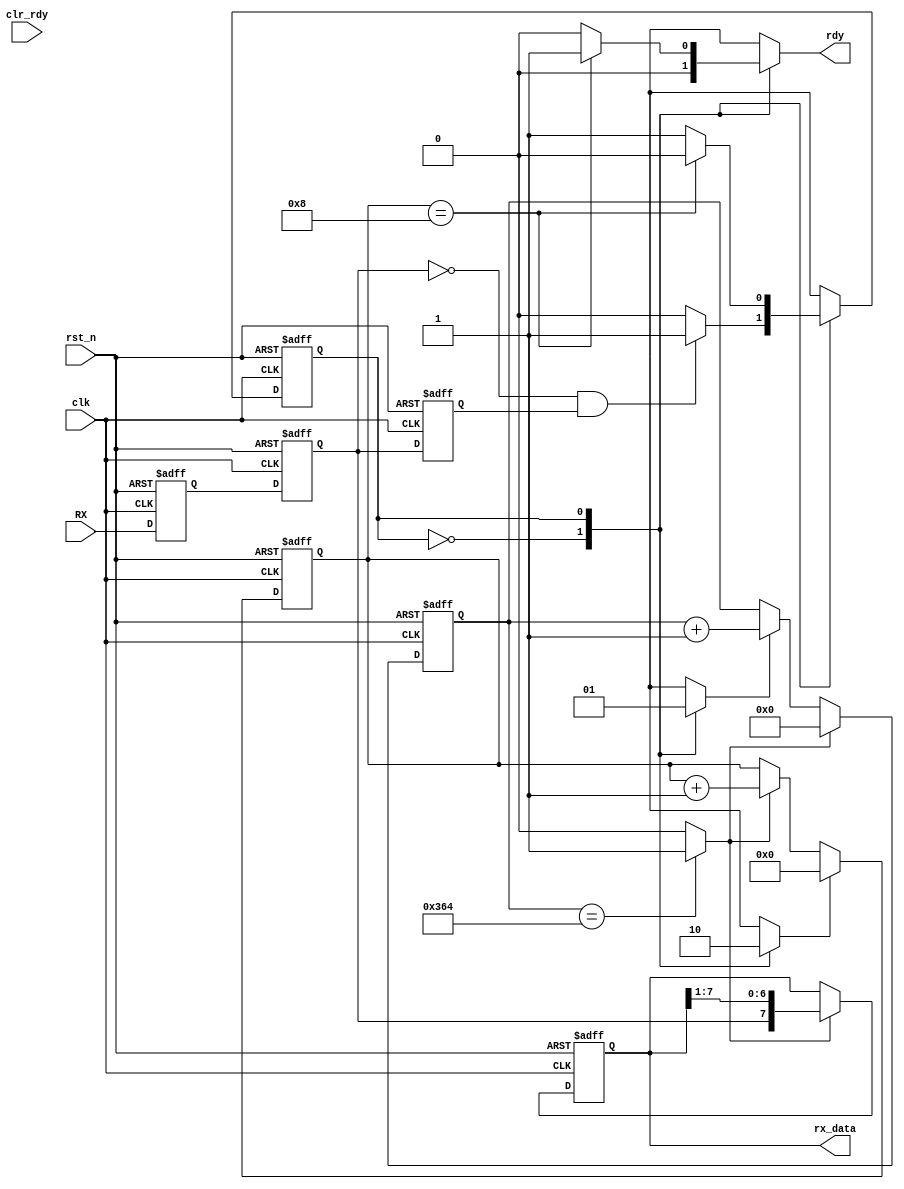
module UART_rx(clk,rst_n,RX, rx_data,rdy,clr_rdy);
  
  output [7:0] rx_data;
  input clk, rst_n, RX, clr_rdy;
  output rdy;

  reg A,data,B,transmitting,rst_bit_cntr,state,nxt_state;
  reg [7:0] rx_data;
  reg rdy;
  
  reg [3:0] bit_cntr;
  reg [9:0] baud_cntr;
  wire shift, RX_active;
  reg rx_done;
  
  localparam IDLE = 2'b00;
  localparam RXS = 2'b01;
  localparam DONE = 2'b10;
  
  always @(posedge clk or negedge rst_n)begin // a triple flip-flop, the first two are for 
    if(!rst_n)begin                           // preventing possible glitch.
      A <= 0;                                 // the third one is used to generate the active signal 
      data <= 0;
      B <= 0;end
    else begin
      A<= RX;
      data <= A ;
      B<= data;end
    end
  assign RX_active = (!data) & B;             //acitve signal becomes 1 when it detects a 0 in tx_data
  
        
      
  always @(posedge clk, negedge rst_n)        //baud counter 
    if (!rst_n)
      baud_cntr <= 10'h000;
    else if (shift)
      baud_cntr <= 10'h000;
    else if (transmitting)
      baud_cntr <= baud_cntr + 1;
      
  assign shift = (baud_cntr== 868) ? 1'b1 : 1'b0;  //generate a shift signal when baud counter counts to 868

  always @(posedge clk, negedge rst_n)begin        //bit counter to count how many bit has been transfered 
    if (!rst_n)
      bit_cntr <= 4'b0;
    else if (rst_bit_cntr)
      bit_cntr <= 4'b0;
    else if (shift)
      bit_cntr <= bit_cntr + 1; end
          


  always @(posedge clk,negedge rst_n)              //shift the input into the rx_data when the shift signal is high 
    if (!rst_n)
      rx_data <= 8'h00;
    else if (shift)
      rx_data <= {data,rx_data[7:1]};
    else
      rx_data<=rx_data;   
 
  
  always @(posedge clk,negedge rst_n)                 
    if (!rst_n)
      state <= IDLE;
    else
      state <= nxt_state;  
  
  always @(*)                                 //state machine
    begin
      nxt_state = IDLE;                       //set default value
      rst_bit_cntr = 0;
      transmitting = 0;
      rdy = 0;
      case (state)
        IDLE : begin                          //when in IDLE it waits for the active signal to  
        rdy = 0;                               //kick it into next state
        rst_bit_cntr = 1;                     //rdy will be cleared when clr_rdy asserted
        transmitting = 0;
        if(RX_active)
          nxt_state = RXS;
        else
          nxt_state = IDLE;
        end
           
        RXS : begin                           //when in this state the transfer started, set transmitting = 1
                                             //so the baud counter can start counting
        transmitting = 1;
        if(bit_cntr == 4'b1000) begin         //when 8 bits has been recieved, next state will be DONE and set rdy = 1         
           rdy = 1;
          nxt_state = DONE;
         end
        else
        nxt_state = RXS;
      end
      
      DONE : begin                            //at DONE state the rdy will be one and remain in DONE state
        rdy = 1;                              //until a clr_rdy asserted
        if(clr_rdy)
          nxt_state = IDLE;
        end
        
     default : begin
          nxt_state = IDLE;                       //set default value
      rst_bit_cntr = 0;
      transmitting = 0;
      rdy = 0;
    end
          
    endcase
  end

                
endmodule